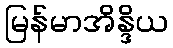
မြန်မာအိန္ဒိယ